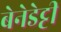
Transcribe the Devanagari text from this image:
बेनेडेट्टी